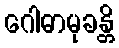
ဂေါဓာမုခန္တိ